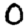
Digit: 0